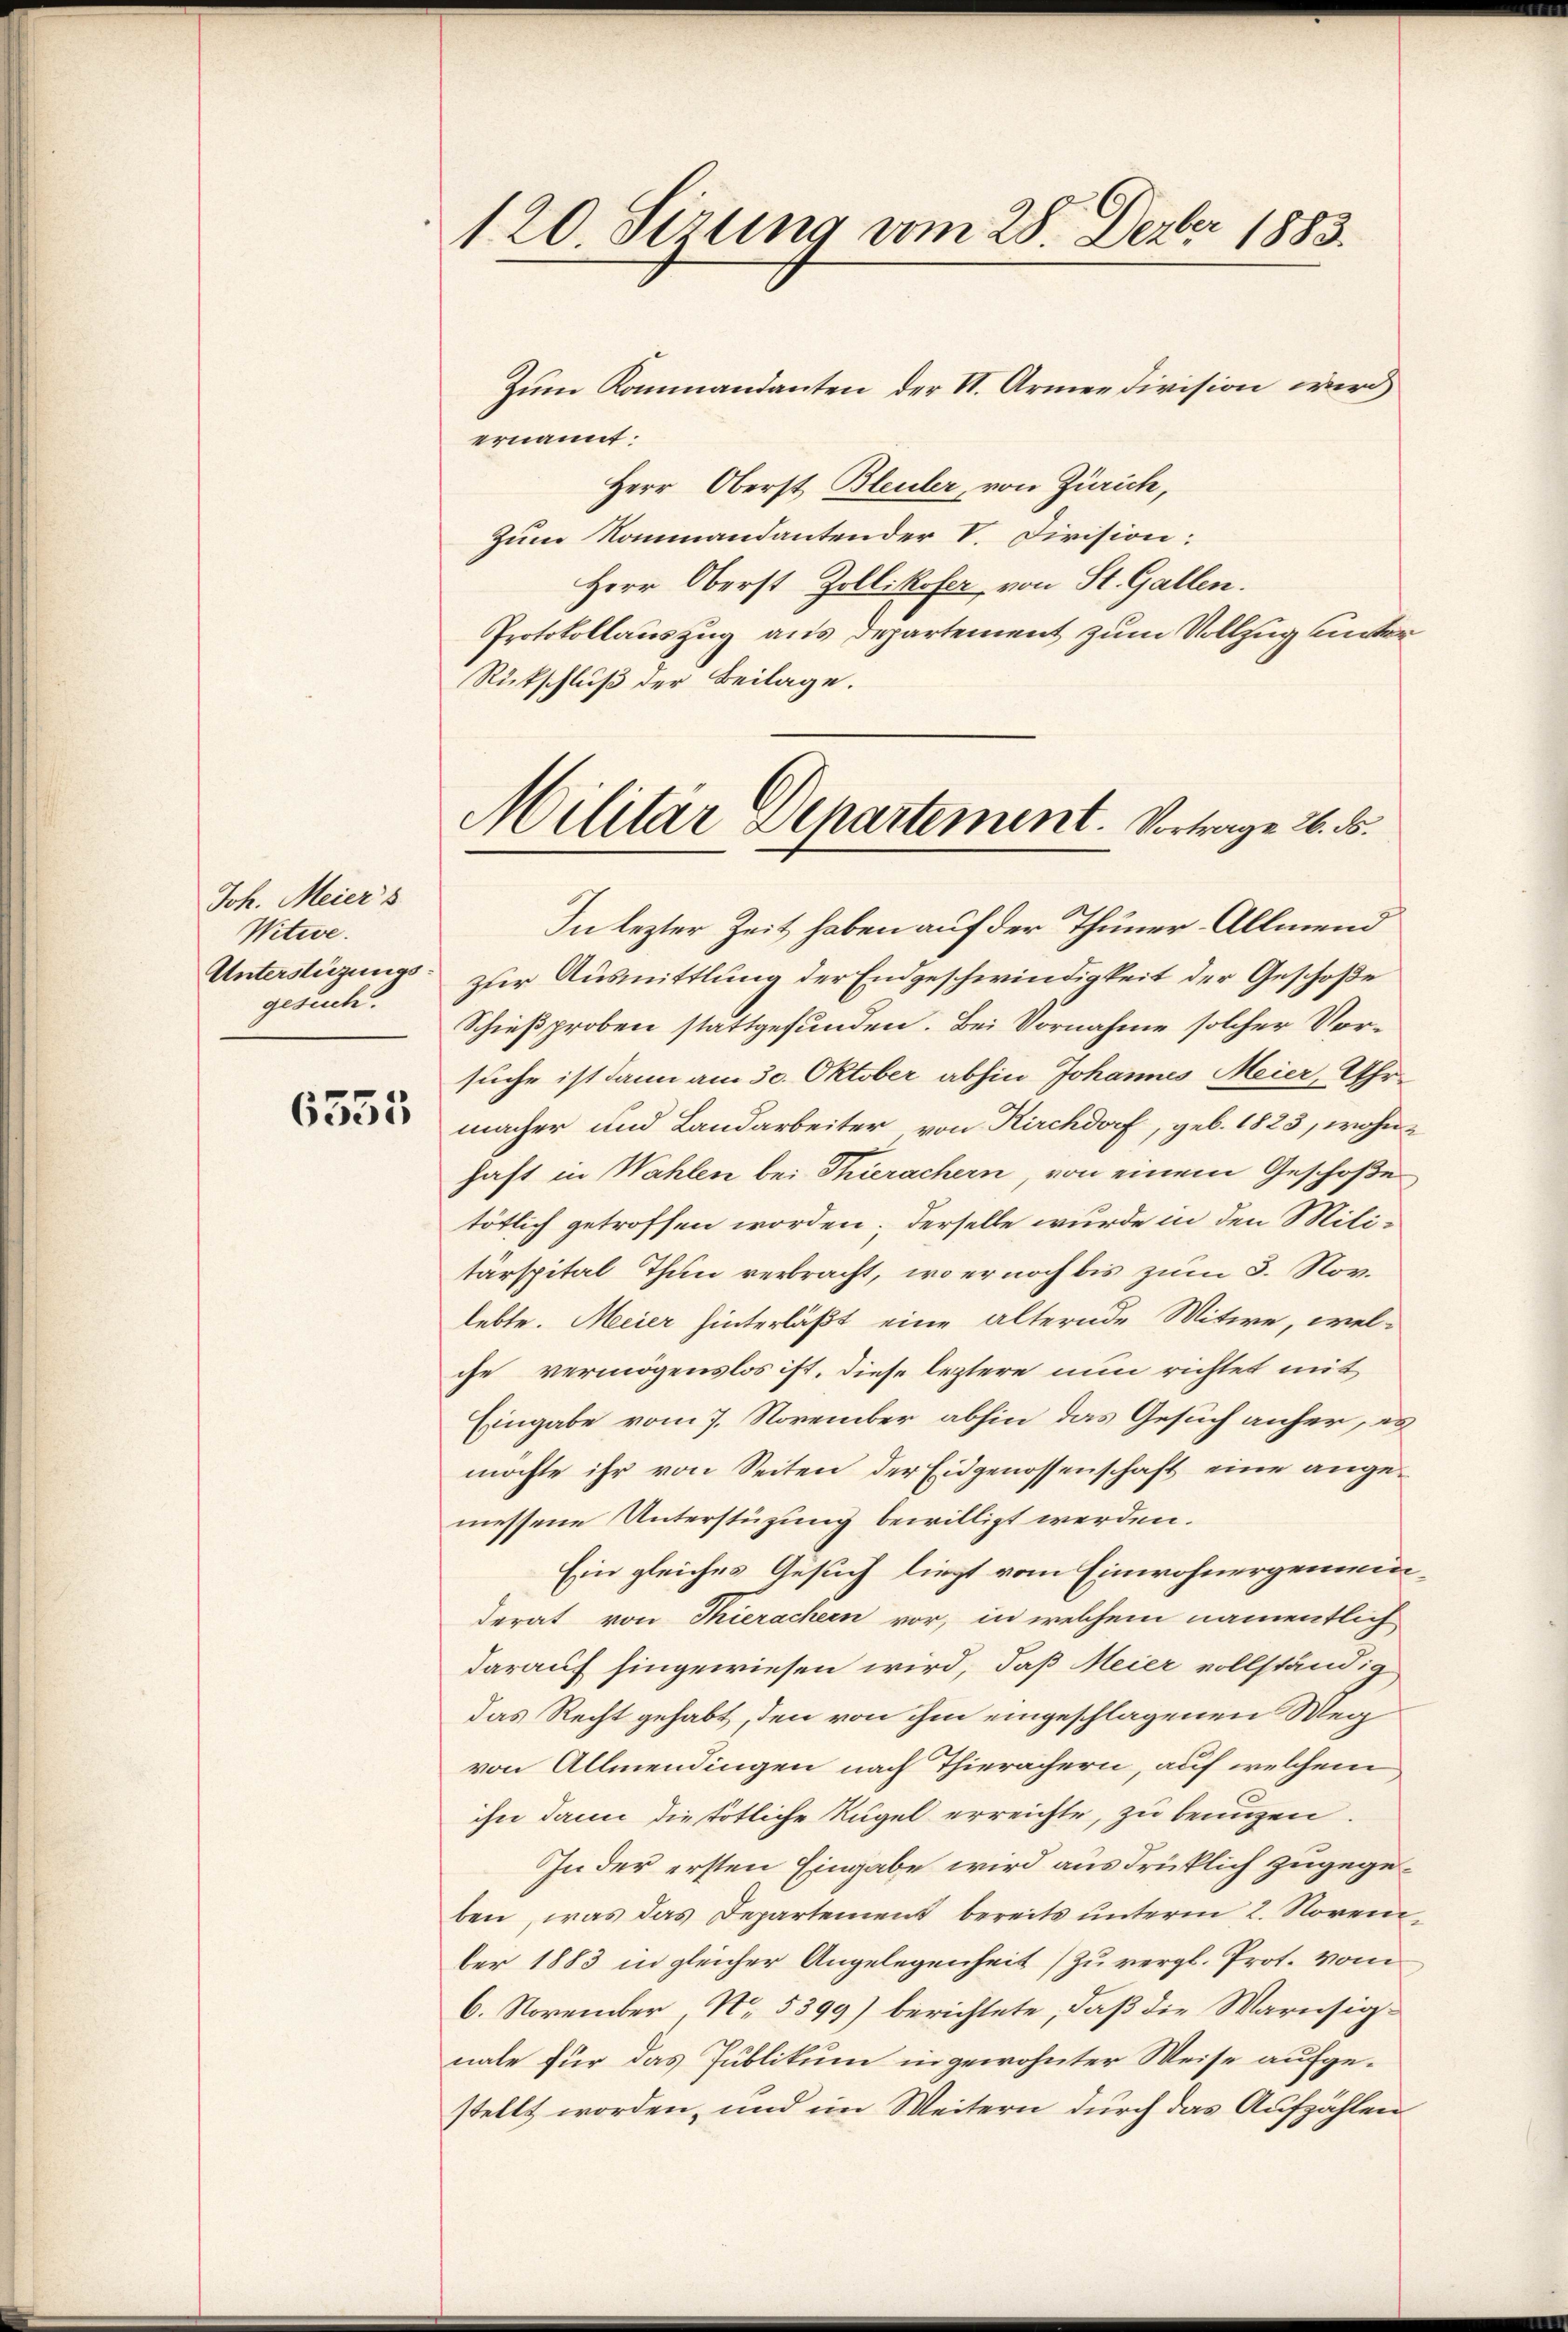
Joh. Meiers
Witwe.
gesuch.

6535

120. Sizung vom 28. Dezbr 1883.

Zum Kommandanten der VI. Armen Division wird
ernannt:
Herr Oberst Bleuler, von Zürich,
Zum Nommandantender V. Division:
Herr Oberst Zollikofer, von St. Gallen.
Protokollauszug aus Departement zum Vollzug unter
Rückschluß der Beilage.
In lezter Zeit haben auf der Thuner-Allmend
Unterstüzungs- zur Ausmittlung der Endgeschwindigkeit der Geschoße
Schießproben stattgefunden. Bei Vornahme solcher Vorsuche ist dann am 30. Oktober abhin Johannes Meier, Uhrmacher und Landarbeiter von Kirchdorf, geb. 1823, wohnhaft in Wahlen bei Thierachern, von einem Geschoße
tötlich getroffen worden; derselbe wurde in den Mili-
tärspital Thun verbracht, wo er noch bis zum 3. Nov.
lebte. Meier hinterläßt eine älternde Witwe, wel-
che vermögenslos ist, diese leztere nun richtet mit
Eingabe vom 7. November abhin das Gesuch anher, es
möchte ihr von Seiten der Eidgenossenschaft eine angemessene Unterstüzung bewilligt werden.
Ein gleiches Gesuch liegt vom Einwohnergemeinderat von Thierachern vor, in welchem namentlich
darauf hingewiesen wird, daß Meier vollständig,
das Recht gehabt, den von ihm eingeschlagenen Weg
von Allmendingen nach Thierächern, auf welchem
ihn dann die tötliche Kugel erreichte, zu benuzen.
In der ersten Eingabe wird ausdrücklich zugegeben, was das Departement bereits ŭnterm 2. Novem
ber 1883 in gleicher Angelegenheit zu vergl. Prot. vom
6. November No. 5399) berichtete, daß die Warusignale für das Publikum in gewohnter Weise aufgestellt worden, und im Weitern durch das Aufzählen

Militär Departement. Vortrage 26. ds.